system: You are a helpful assistant.
user:
Analyze the provided spectrum to determine if it is a **White Dwarf (WD)**.

A White Dwarf spectrum is defined by its **extreme purity** (due to gravitational settling) and/or **extreme pressure broadening** (due to high surface gravity). You must check for one of the following mutually exclusive signatures:

- **Key Visual Indicators (Check for ONE of these types):**

    - **1. DA-Type Signature (Most Common):**
        - **(Primary Feature):** Extreme pressure broadening (Stark broadening) of the **Hydrogen (H) Balmer lines**.
        - **(Key Lines):** $H\beta$ (approx. $4861$ Å) and $H\gamma$ (approx. $4340$ Å). $H\alpha$ (approx. $6563$ Å) will also be present if the wavelength range covers it.
        - **(Line Profile):** This is the **defining feature**. The lines are **NOT** sharp. They appear as massive, **extremely broad and deep "troughs" or "dips"** in the spectrum, often hundreds of Ångströms wide. The continuum will appear to "scoop" down at these wavelengths.
        - **(Distinction):** Normal A-type or B-type stars have *narrow* and *sharp* Hydrogen lines. A DA White Dwarf's lines are unmistakably "smeared" or "blurry" from pressure.

    - **2. DB-Type Signature:**
        - **(Primary Feature):** Broad absorption lines from **Neutral Helium (He I)**. The spectrum must lack any visible Hydrogen lines.
        - **(Key Lines):** Look for broad absorption near $4471$ Å, $4921$ Å, and $5876$ Å.
        - **(Line Profile):** These lines are also significantly pressure-broadened, appearing much wider than they would in a normal B-type main-sequence star.

    - **3. DC-Type Signature:**
        - **(Primary Feature):** A **featureless continuous spectrum**.
        - **(Line Profile):** The spectrum is a smooth curve with **no significant absorption or emission lines**.
        - **(Key Confirmation):** The continuum is almost always **blue or white**, indicating a hot object. This signature implies the atmosphere is so pure (or so cool) that no spectral lines are visible in the optical range. Its WD identity is confirmed by its extremely low intrinsic brightness (high absolute magnitude).

    - **4. DZ-Type Signature (Metal-Polluted):**
        - **(Primary Feature):** **Isolated, narrow metal absorption lines** on an otherwise featureless (DC-like) continuum.
        - **(Key Lines):** The **Calcium (Ca II) H & K doublet** (approx. **$3934$ Å** and **$3968$ Å**) is the most common and defining feature.
        - **(Line Profile):** These lines are "out of place." They are *not* part of a "forest" of thousands of lines. This signature is evidence of recent *accretion* (pollution) from rocky debris.
        - **(Distinction):** Normal G/K/M stars have a *dense forest* of thousands of metal lines. A DZ has a *clean* continuum with *only a few* strong metal lines.

    - **5. DQ-Type Signature (Carbon-Polluted):**
        - **(Primary Feature):** Absorption bands from **Carbon (C₂ "Swan Bands" or atomic C I)**.
        - **(Key Lines - C₂):** Look for bandheads with a "saw-tooth" shape near $5635$ Å, **$5165$ Å** (strongest), and $4737$ Å.
        - **(Key Confirmation):** The underlying **continuum must be blue or white** (hot).
        - **(Distinction):** This is the critical difference from a **Carbon Star**, which has the *exact same* C₂ bands but on an extremely **red, cool** continuum.

- **(Overall Spectrum):**
    - The continuum (overall shape) is typically **blue-sloping** (brighter in the blue than the red), as most white dwarfs are very hot.
    - The spectrum will look "pure" or "simple," dominated by only *one* of the five signatures listed above.

Think first, call **spectral_visualization_tool** if needed to examine features in detail, then provide your final answer. Your response must adhere to the following strict rules:
1.  **Overall Structure:** Your response must follow the format `<think>...</think> <tool_call>...</tool_call> (if a tool is used) <answer>...</answer>`.
2.  **Tool Usage Constraint:** You may only make **one** tool call per turn.
3.  **Final Answer Format:** In the `<answer>` tag, your conclusion must be inside a `\boxed{}` command (e.g., `\boxed{YES}` or `\boxed{NO}`), followed by your justification.

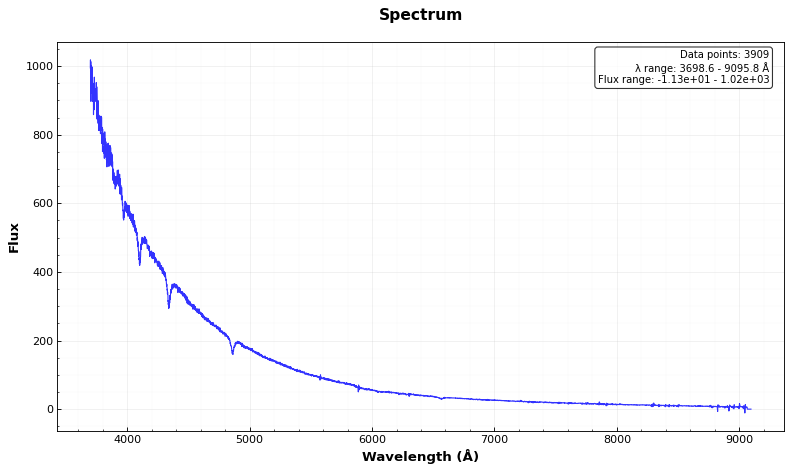
Answer: YES